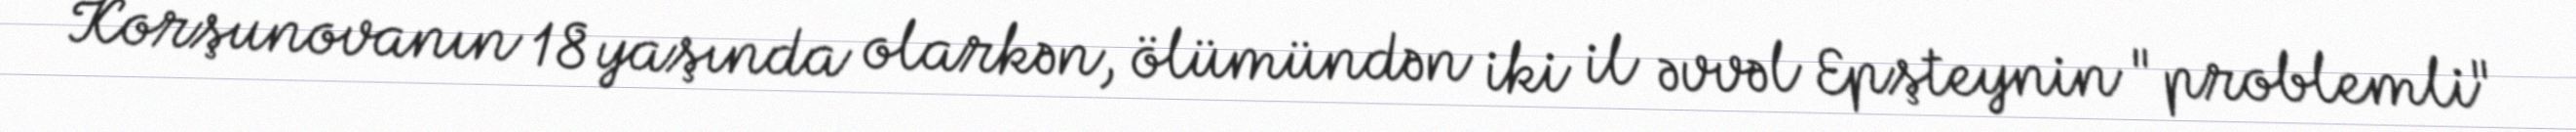
Korşunovanın 18 yaşında olarkən, ölümündən iki il əvvəl Epşteynin "problemli"